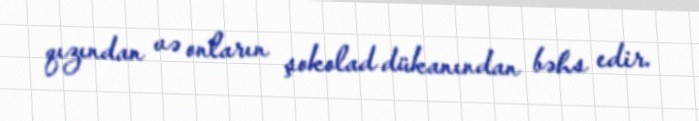
qızından və onların şokolad dükanından bəhs edir.